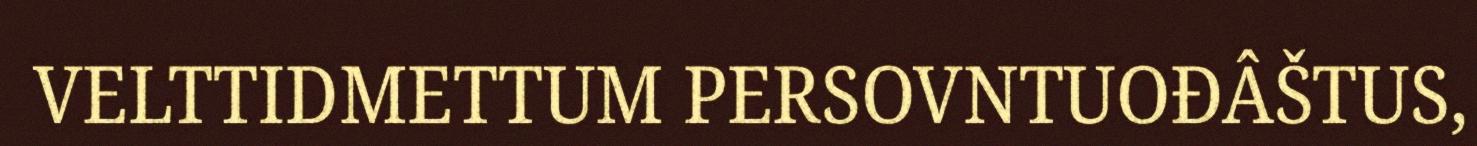
VELTTIDMETTUM PERSOVNTUOĐÂŠTUS,